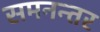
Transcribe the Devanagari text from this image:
समनन्तर